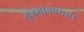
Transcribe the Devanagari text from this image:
बुजगावण्यास